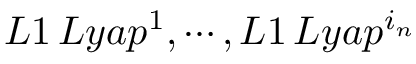
L 1 \, L y a p ^ { 1 } , \cdots , L 1 \, L y a p ^ { i _ { n } }